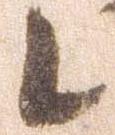
候